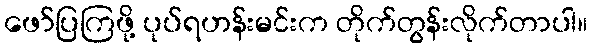
ဖော်ပြကြဖို့ ပုပ်ရဟန်းမင်းက တိုက်တွန်းလိုက်တာပါ။